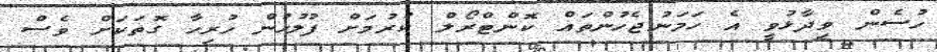
ހުސެން ވިދާޅުވީ އެ ހަމަނުޖެހުންތައް ކޮންޓްރޯލް ކުރުމަށް ފުލުހުން ހުރިހާ ގޮތަކަށް ވެސް